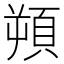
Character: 𩒕